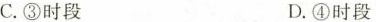
C.③时段 D.④时段